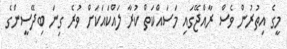
މީގެ އިތުރުން ވެސް ރާއްޖޭގައި މަސައްކަތް ކުރާ ލައްކައަކަށް ވުރެ ގިނަ ބިދޭސީންގެ